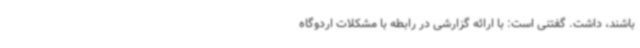
باشند، داشت. گفتنی است: با ارائه گزارشی در رابطه با مشکلات اردوگاه